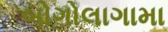
બોગોલાગામા